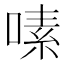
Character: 嗉